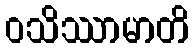
ဝသိဿာမာတိ